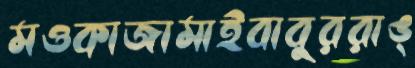
মওকাজামাইবাবুররাঙ্